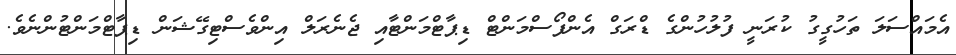
އެމައްސަލަ ތަހުގީގު ކުރަނީ ފުލުހުންގެ ޑްރަގް އެންފޯސްމަންޓް ޑިޕާޓްމަންޓާއި ޖެނެރަލް އިންވެސްޓިގޭޝަން ޑިޕާޓްމަންޓުންނެވެ.